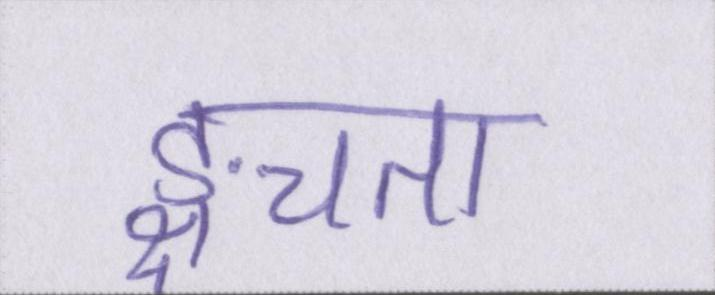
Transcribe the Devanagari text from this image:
ङ्क्षचता